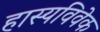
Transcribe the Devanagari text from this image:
हास्यविवेक